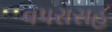
વપરાસહ